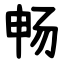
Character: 畅